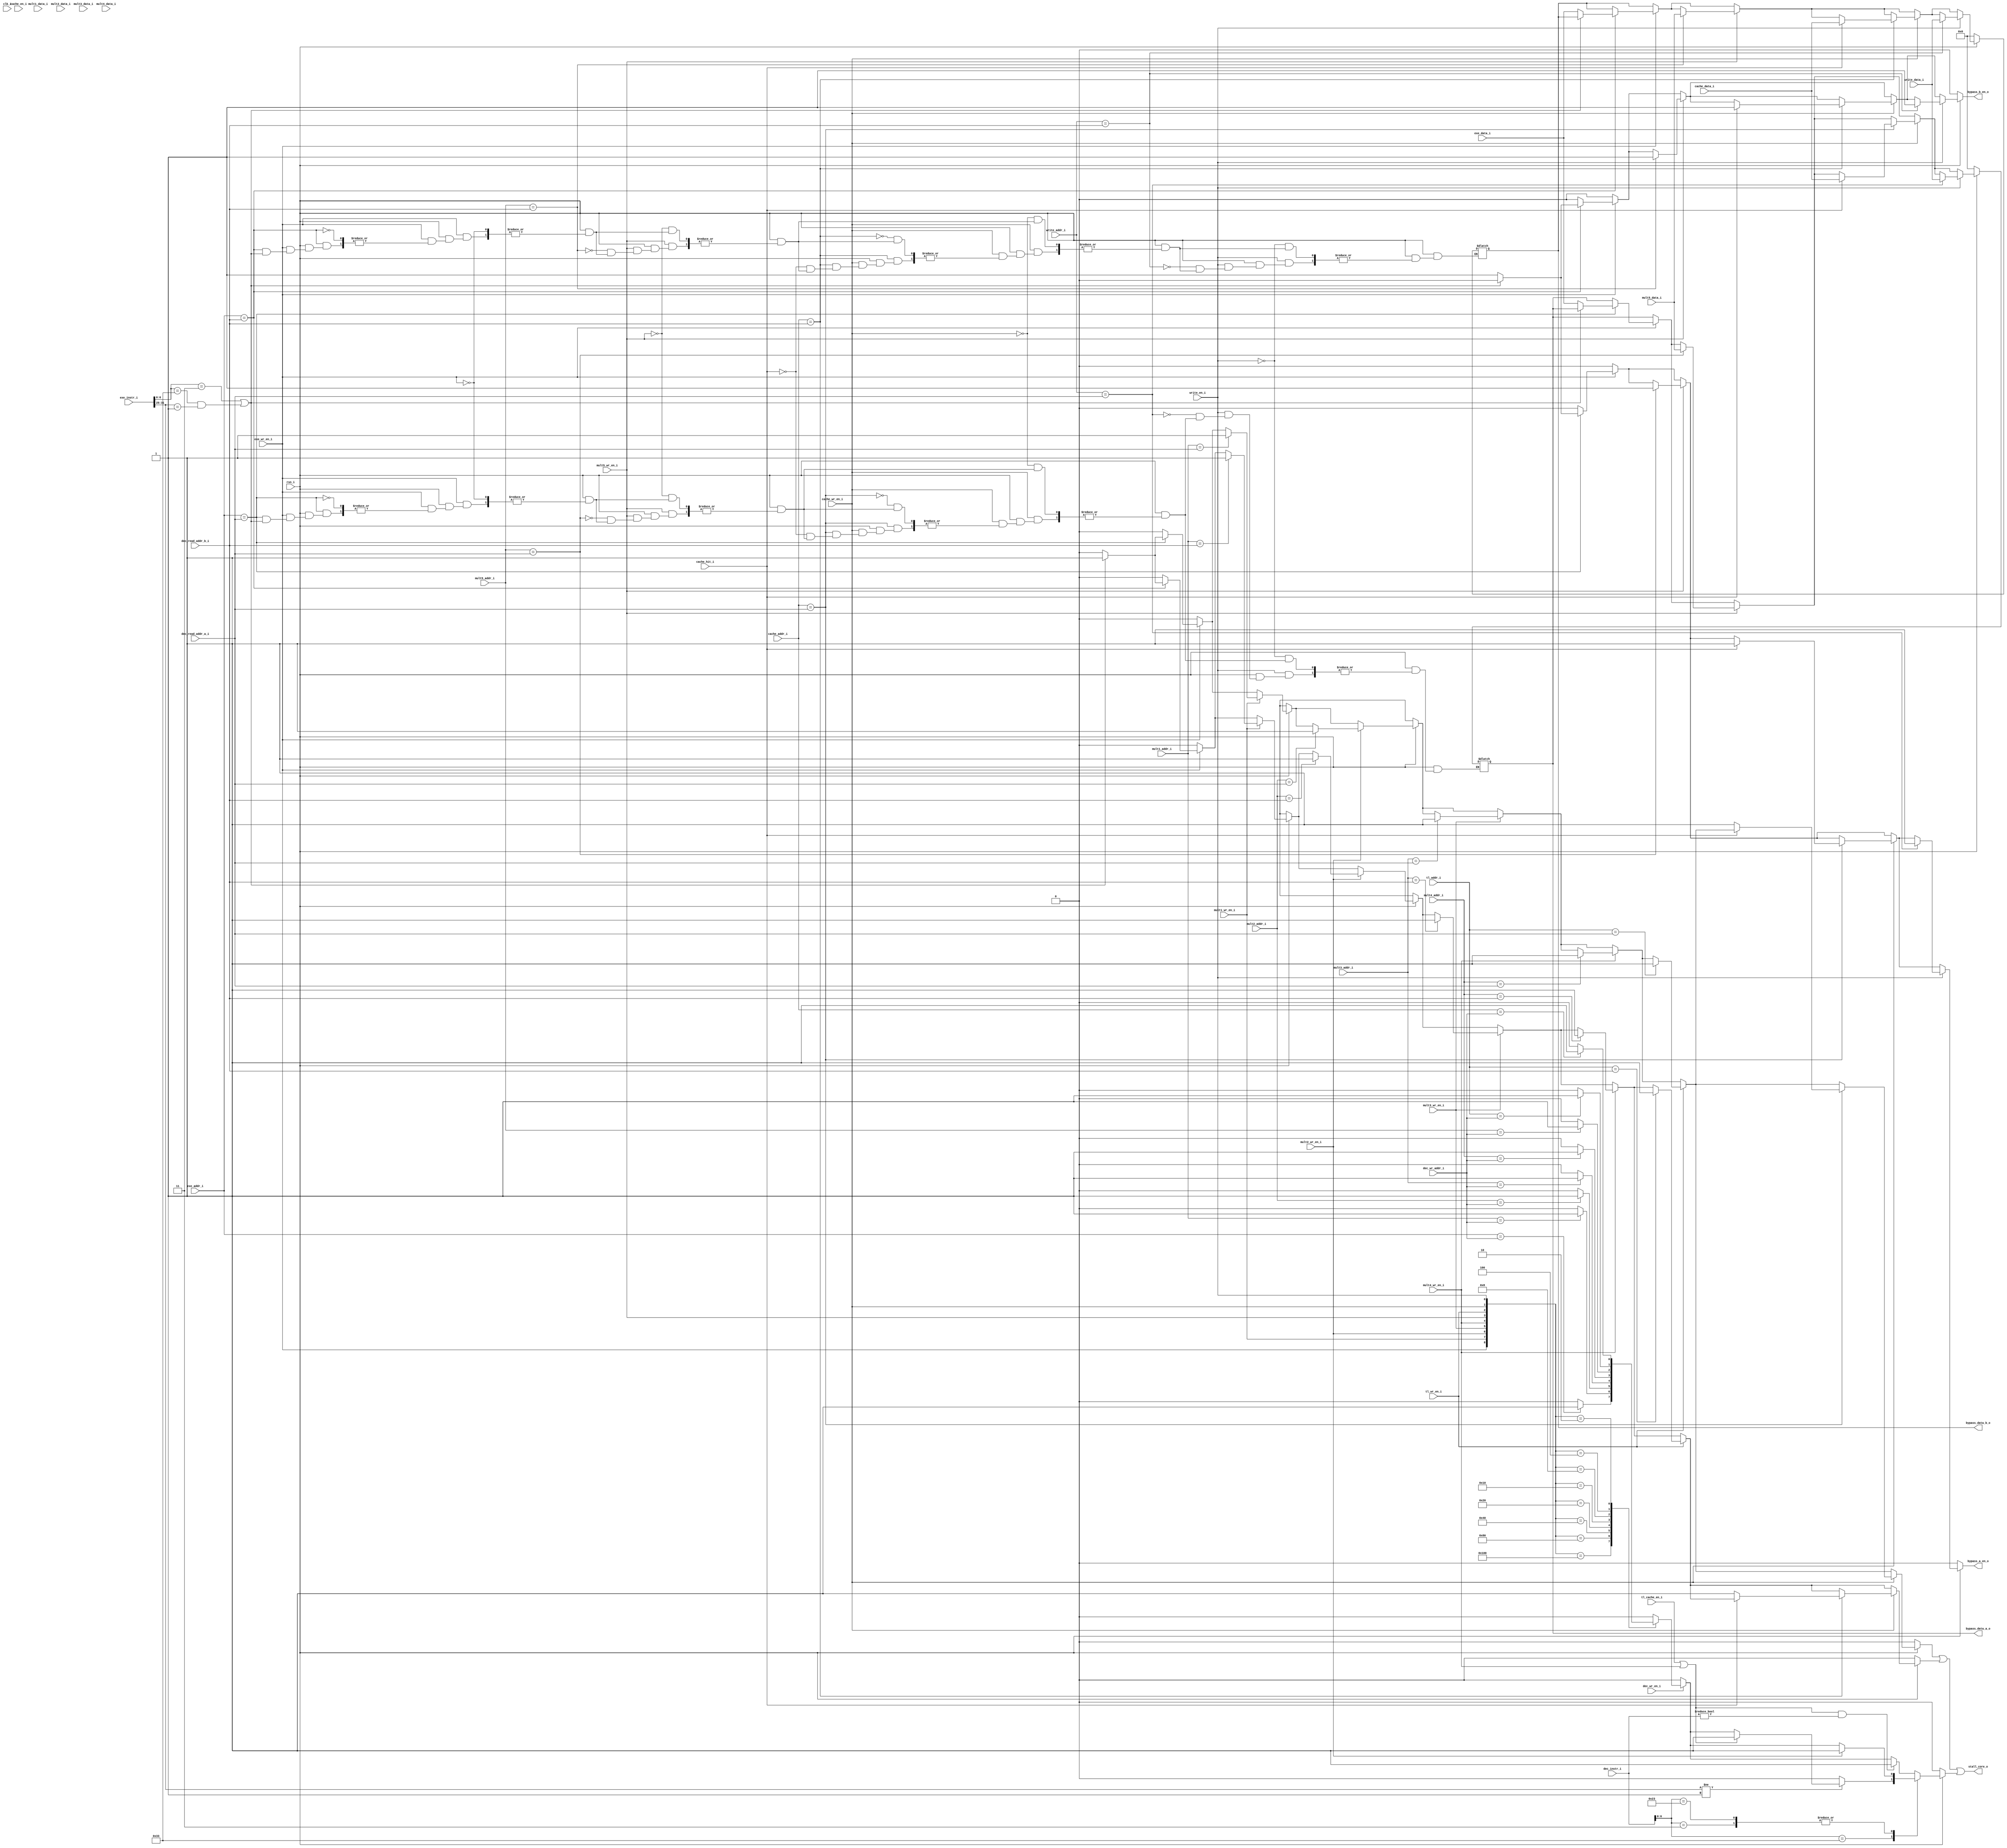
// File for the bypass controller

module bypass_ctrl (
input clk_i,
input rsn_i,
input [4:0] dec_read_addr_a_i,
input [4:0] dec_read_addr_b_i,
input dec_wr_en_i,
input [4:0] dec_wr_addr_i,
input [31:0] dec_instr_i,
input [31:0] exe_data_i,
input [4:0] exe_addr_i,
input exe_wr_en_i,
input [31:0] exe_instr_i,
input [31:0] mult1_data_i,
input [4:0] mult1_addr_i,
input mult1_wr_en_i,
input [31:0] mult2_data_i,
input [4:0] mult2_addr_i,
input mult2_wr_en_i,
input [31:0] mult3_data_i,
input [4:0] mult3_addr_i,
input mult3_wr_en_i,
input [31:0] mult4_data_i,
input [4:0] mult4_addr_i,
input mult4_wr_en_i,
input [31:0] mult5_data_i,
input [4:0] mult5_addr_i,
input mult5_wr_en_i,
input [4:0] tl_addr_i,
input tl_wr_en_i,
input tl_cache_en_i,
input [31:0] cache_data_i,
input [4:0] cache_addr_i,
input cache_wr_en_i,
input cache_en_i,
input cache_hit_i,
input [31:0] write_data_i,
input [4:0] write_addr_i,
input write_en_i,
output reg bypass_a_en_o,
output reg bypass_b_en_o,
output reg [31:0] bypass_data_a_o,
output reg [31:0] bypass_data_b_o,
output stall_core_o
);
 
reg stall_core_a;
reg stall_core_b;
reg stall_core_w;
reg [8:0] wr_ens;
 
assign stall_core_o = stall_core_a || stall_core_b || stall_core_w;
 
// CASES:
/* EXE ADDR== + ENABLE + NOT LOAD/MULT
    C  ADDR== + ENABLE + HIT
    W  ADDR== + ENABLE
    MULT5 ADDR==
    
    if more than one, newest PC
    if load, if stage is ealrier than C, stall
    if mult, if stage is ealrier than M5, stall
*/ 

always @ (*) begin
    wr_ens = {exe_wr_en_i,mult1_wr_en_i,mult2_wr_en_i,mult3_wr_en_i,mult4_wr_en_i,mult5_wr_en_i,tl_wr_en_i,cache_wr_en_i,write_en_i};
    if (!rsn_i) begin
        bypass_a_en_o = 1'b0;
        bypass_b_en_o = 1'b0;
        bypass_data_a_o = 32'b0;
        bypass_data_b_o = 32'b0;
        stall_core_a = 1'b0;
        stall_core_b = 1'b0;
        stall_core_w = 1'b0;
    end
    else begin
	bypass_a_en_o = 1'b0;    
	bypass_b_en_o = 1'b0;    
        stall_core_a = 1'b0;
        stall_core_b = 1'b0;
        stall_core_w = 1'b0;
        if (dec_wr_en_i) begin 
            case (wr_ens)
                9'b100000000: stall_core_w = (exe_addr_i == dec_wr_addr_i) ? 1'b1 : 1'b0;
                9'b010000000: stall_core_w = (mult1_addr_i == dec_wr_addr_i) ? 1'b1 : 1'b0;
                9'b001000000: stall_core_w = (mult2_addr_i == dec_wr_addr_i) ? 1'b1 : 1'b0;
                9'b000100000: stall_core_w = (mult3_addr_i == dec_wr_addr_i) ? 1'b1 : 1'b0;
                9'b000010000: stall_core_w = (mult4_addr_i == dec_wr_addr_i) ? 1'b1 : 1'b0;
                9'b000001000: stall_core_w = (mult5_addr_i == dec_wr_addr_i) ? 1'b1 : 1'b0;
                9'b000000100: stall_core_w = (tl_addr_i == dec_wr_addr_i) ? 1'b1 : 1'b0;
                9'b000000010: stall_core_w = (cache_addr_i == dec_wr_addr_i) ? 1'b1 : 1'b0;
                default: stall_core_w = 1'b0;
            endcase
    	end
    	case (dec_instr_i[6:0])
		(7'b0110011): begin
			if (exe_instr_i[31:25] != 7'b0000001) begin
				if (tl_cache_en_i || mult4_wr_en_i) stall_core_w = 1'b1;
			end
			else begin
				stall_core_w = 1'b0;
			end
		end
		(7'b0000011): if (mult2_wr_en_i) stall_core_w = 1'b1;
		(7'b0100011): if (mult2_wr_en_i) stall_core_w = 1'b1;	
		default: if ((tl_cache_en_i || mult4_wr_en_i) && dec_instr_i!=32'b00000000) stall_core_w = 1'b1;
	endcase        
        if (exe_wr_en_i) begin
            if (exe_addr_i == dec_read_addr_a_i) begin 
             if (exe_instr_i[6:0] == 7'b0000011 || (exe_instr_i[6:0] == 7'b0110011 && exe_instr_i[31:25] == 7'b0000001)) stall_core_a = 1'b1;
                else begin
                    bypass_a_en_o = 1'b1;
                    bypass_data_a_o = exe_data_i;
                    stall_core_a = 1'b0;
                end
            end
            if (exe_addr_i == dec_read_addr_b_i) begin 
                if (exe_instr_i[6:0] == 7'b0000011 || (exe_instr_i[6:0] == 7'b0110011 && exe_instr_i[31:25] == 7'b0000001)) stall_core_b = 1'b1;
                else begin
                    bypass_b_en_o = 1'b1;
                    bypass_data_b_o = exe_data_i;
                    stall_core_b = 1'b0;
                end
            end
        end        
        if (mult1_wr_en_i) begin
            if (mult1_addr_i == dec_read_addr_a_i) stall_core_a = 1'b1;
            if (mult1_addr_i == dec_read_addr_b_i) stall_core_b = 1'b1;
        end           
        if (mult2_wr_en_i) begin
            if (mult2_addr_i == dec_read_addr_a_i) stall_core_a = 1'b1;
            if (mult2_addr_i == dec_read_addr_b_i) stall_core_b = 1'b1;
        end           
        if (mult3_wr_en_i) begin
            if (mult3_addr_i == dec_read_addr_a_i) stall_core_a = 1'b1;
            if (mult3_addr_i == dec_read_addr_b_i) stall_core_b = 1'b1;
        end           
        if (mult4_wr_en_i) begin
            if (mult4_addr_i == dec_read_addr_a_i) stall_core_a = 1'b1;
            if (mult4_addr_i == dec_read_addr_b_i) stall_core_b = 1'b1;
        end        
        if (mult5_wr_en_i) begin
            if (mult5_addr_i == dec_read_addr_a_i) begin 
                bypass_a_en_o = 1'b1;
                bypass_data_a_o = mult5_data_i;
            end
            if (mult5_addr_i == dec_read_addr_b_i) begin 
                bypass_b_en_o = 1'b1;
                bypass_data_b_o = mult5_data_i;
            end
        end
        if (tl_wr_en_i) begin
            if (tl_addr_i == dec_read_addr_a_i) stall_core_a = 1'b1;
            if (tl_addr_i == dec_read_addr_b_i) stall_core_b = 1'b1;
        end 
        if (cache_wr_en_i) begin
            if (cache_addr_i == dec_read_addr_a_i) begin
                if (cache_hit_i) begin
                    bypass_a_en_o = 1'b1;
                    bypass_data_a_o = cache_data_i;
                end
                else stall_core_a = 1'b1;
            end
            if (cache_addr_i == dec_read_addr_b_i) begin
                if (cache_hit_i) begin
                    bypass_b_en_o = 1'b1;
                    bypass_data_b_o = cache_data_i;
                end
                else stall_core_b = 1'b1;
	    end
        end
        if (write_en_i) begin
            if (write_addr_i == dec_read_addr_a_i) begin 
                bypass_a_en_o = 1'b1;
                bypass_data_a_o = write_data_i;
            end
            if (write_addr_i == dec_read_addr_b_i) begin 
                bypass_b_en_o = 1'b1;
                bypass_data_b_o = write_data_i;
            end
        end
    end
end

endmodule